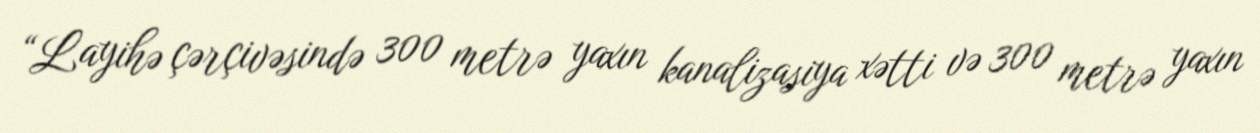
“Layihə çərçivəsində 300 metrə yaxın kanalizasiya xətti və 300 metrə yaxın